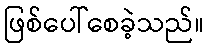
ဖြစ်ပေါ်စေခဲ့သည်။